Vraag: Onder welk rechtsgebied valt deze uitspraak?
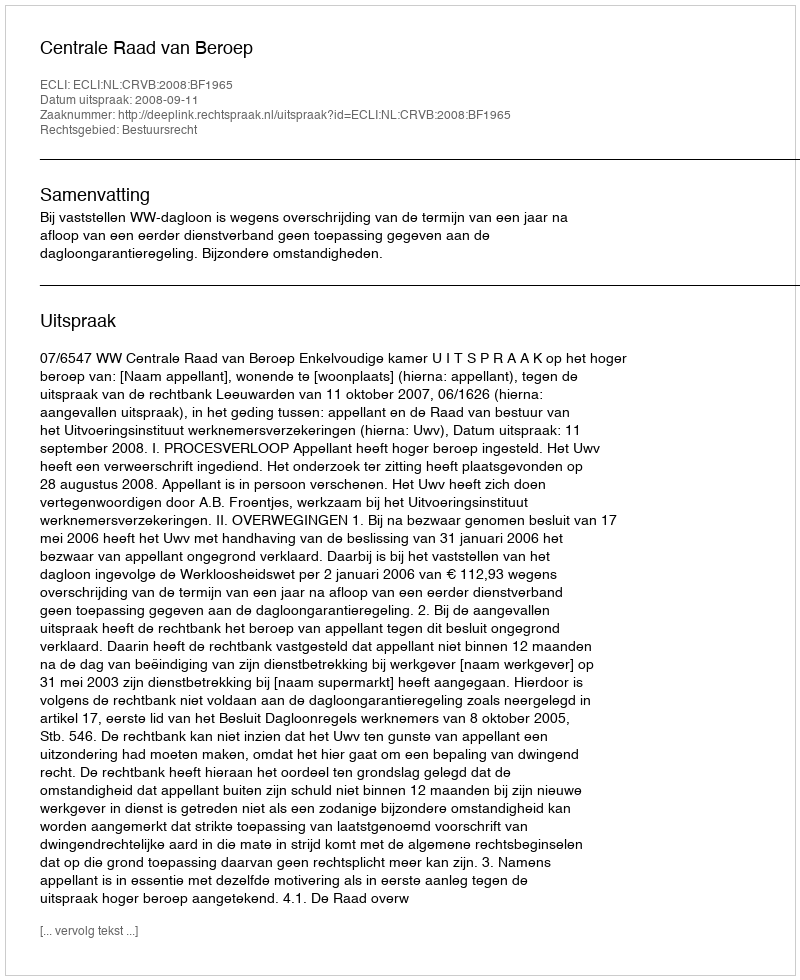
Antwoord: Bestuursrecht